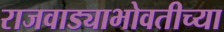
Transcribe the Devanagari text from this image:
राजवाड्याभोवतीच्या